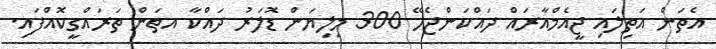
އެތަން އަތިލައި ޖީއެމްއާރައް ދައްކަންޖެހޭ 300 މިލިޔަން ޑޮލަރު ދައްކާ އތަން ތަރައްގީކޮއްފައި.